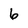
Character: 6